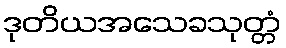
ဒုတိယအသေခသုတ္တံ